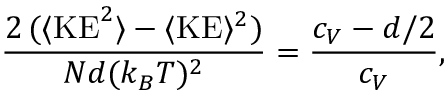
\frac { 2 \, ( \langle \mathrm { K E } ^ { 2 } \rangle - \langle \mathrm { K E } \rangle ^ { 2 } ) } { N d ( k _ { B } T ) ^ { 2 } } = \frac { c _ { V } - d / 2 } { c _ { V } } ,